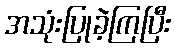
အသုံးပြုခဲ့ကြပြီး